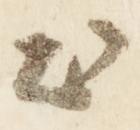
出